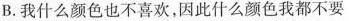
B.我什么颜色也不喜欢，因此什么颜色我都不要